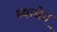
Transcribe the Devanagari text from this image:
घ्यावेत़